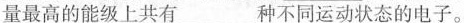
量最高的能级上共有___种不同运动状态的电子。